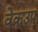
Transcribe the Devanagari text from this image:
वेकउप